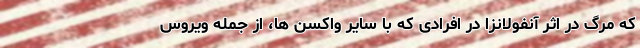
که مرگ در اثر آنفولانزا در افرادی که با سایرِ واکسن ها، از جمله ویروسِ